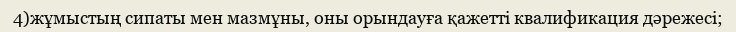
4)жұмыстың сипаты мен мазмұны, оны орындауға қажетті квалификация дәрежесі;